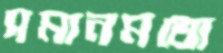
সমানমতো